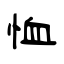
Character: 恤